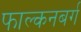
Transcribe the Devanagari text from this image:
फाल्कनबर्ग